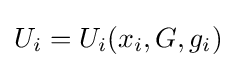
U_{i}=U_{i}(x_{i},G,g_{i})